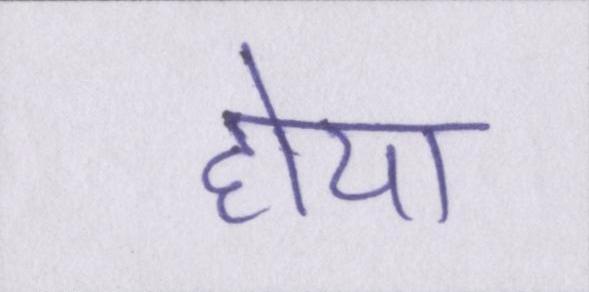
होया